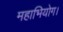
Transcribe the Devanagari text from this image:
महाभियोग।